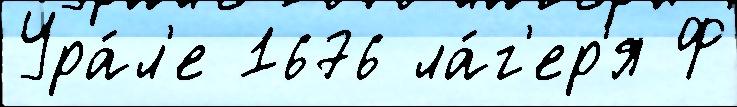
Ура́л'е 1676 ла́г'ер'я Ф